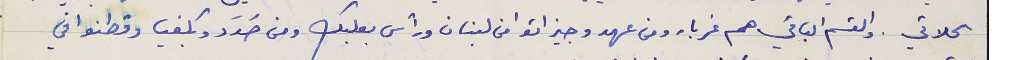
الحلاتي. والقسم الباقي هم غرباء ومن عهد وجيز اتوا من لبنان ورأس بعلبك ومن حَدَد وبكفيا وقطنوا في